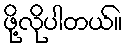
ဖို့လိုပါတယ်။